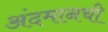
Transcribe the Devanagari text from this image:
अंदमानची